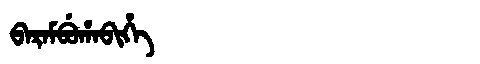
Manchu: ᠪᠠᡵᠠᠮᠪᡠᡥᠠᠪᡳᡥᡝ
Romanization: BARAMBUHABIHE